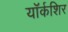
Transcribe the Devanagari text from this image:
यॉर्कशिर